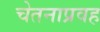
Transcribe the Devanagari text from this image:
चेतनाप्रवह